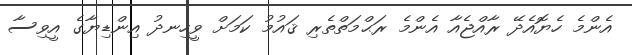
އެންމެ ހެޔޮއެދޭ ރާއްޖެއާ އެންމެ ރަޙްމަތްތެރި ޤައުމު ކަމަށް ވީހިނދު އިންޑިޔާގެ އީވިސާ